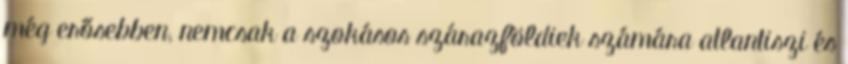
még erősebben, nemcsak a szokásos szárazföldiek számára atlantiszi és